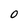
Character: 0